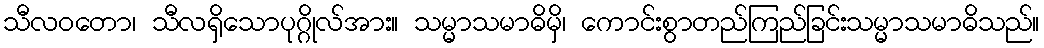
သီလဝတော၊ သီလရှိသောပုဂ္ဂိုလ်အား။ သမ္မာသမာဓိမှိ၊ ကောင်းစွာတည်ကြည်ခြင်းသမ္မာသမာဓိသည်။